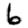
Digit: 6